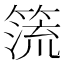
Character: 𥰤